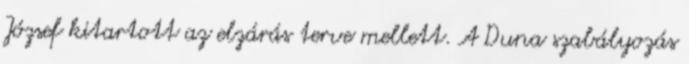
József kitartott az elzárás terve mellett. A Duna szabályozás